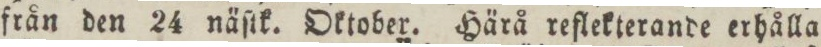
från den 24 näſtk. Oktober. Härå reflekterande erhålla